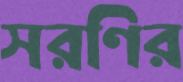
সরণির